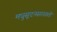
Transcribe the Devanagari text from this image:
मधुसूदनसरस्वती